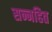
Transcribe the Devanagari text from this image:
सन्नहित